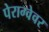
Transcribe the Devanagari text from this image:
पेराग्वेवर